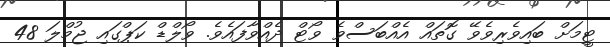
ޓީމަށް ބައިވެރިވެވޭ ގޮތައް އެއްބަސްވެ ވޯޓް ދެއްވާފައެވެ. ވޯލްޑް ކަޕްގައި ޖުމްލަ 48